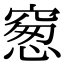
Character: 䆫